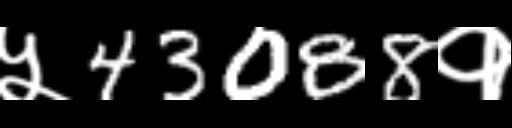
Text: ५43088१